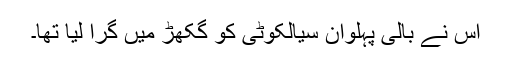
اس نے بالی پہلوان سیالکوٹی کو گکھڑ میں گرا لیا تھا۔